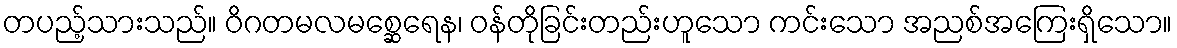
တပည့်သားသည်။ ဝိဂတမလမစ္ဆေရေန၊ ဝန်တိုခြင်းတည်းဟူသော ကင်းသော အညစ်အကြေးရှိသော။